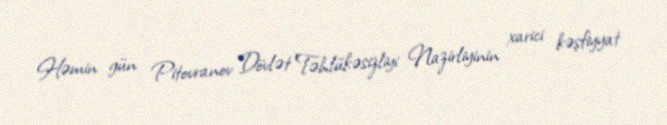
Həmin gün Pitovranov Dövlət Təhlükəsizliyi Nazirliyinin xarici kəşfiyyat